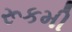
રૂકમી